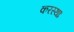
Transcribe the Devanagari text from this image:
करस्थाः